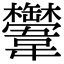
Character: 𩏴